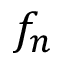
f _ { n }